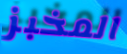
المخبز